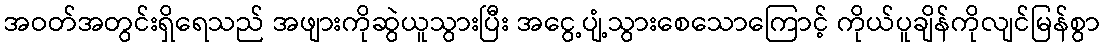
အဝတ်အတွင်းရှိရေသည် အဖျားကိုဆွဲယူသွားပြီး အငွေ့ပျံ့သွားစေသောကြောင့် ကိုယ်ပူချိန်ကိုလျင်မြန်စွာ